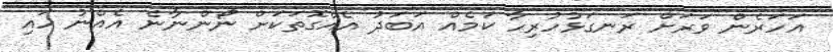
އަހަރެން ވަރަށް ރަނގަޅުހުރިހާ ކަމެއް އަބަދު އެއްގޮތަކަށް ނޯންނާނެ އެއްނު ހައި